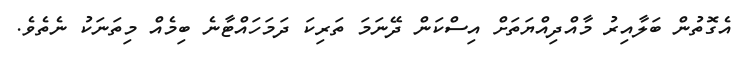
އެގޮތުން ބަލާއިރު މާއްދިއްޔަތަށް އިސްކަން ދޭނަމަ ތަރިކަ ދަމަހައްޓާނެ ބިމެއް މިތަނަކު ނެތެވެ.